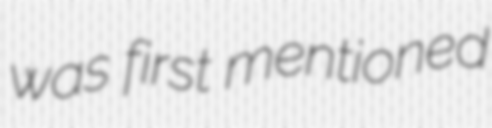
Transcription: was first mentioned